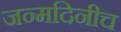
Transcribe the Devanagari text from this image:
जन्मदिनीच